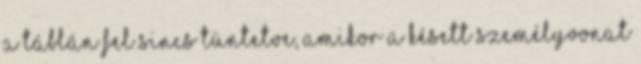
a táblán fel sincs tüntetve, amikor a késett személyvonat